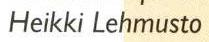
Heikki Lehmusto